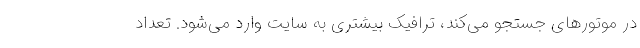
در موتورهای جستجو می‌کند، ترافیک بیشتری به سایت وارد می‌شود. تعداد